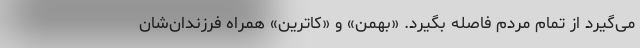
می‌گیرد از تمام مردم فاصله بگیرد. «بهمن» و «کاترین» همراه فرزندان‌شان